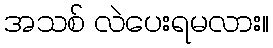
အသစ် လဲပေးရမလား။